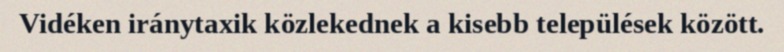
Vidéken iránytaxik közlekednek a kisebb települések között.